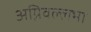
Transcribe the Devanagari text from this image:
अग्निवल्लभा